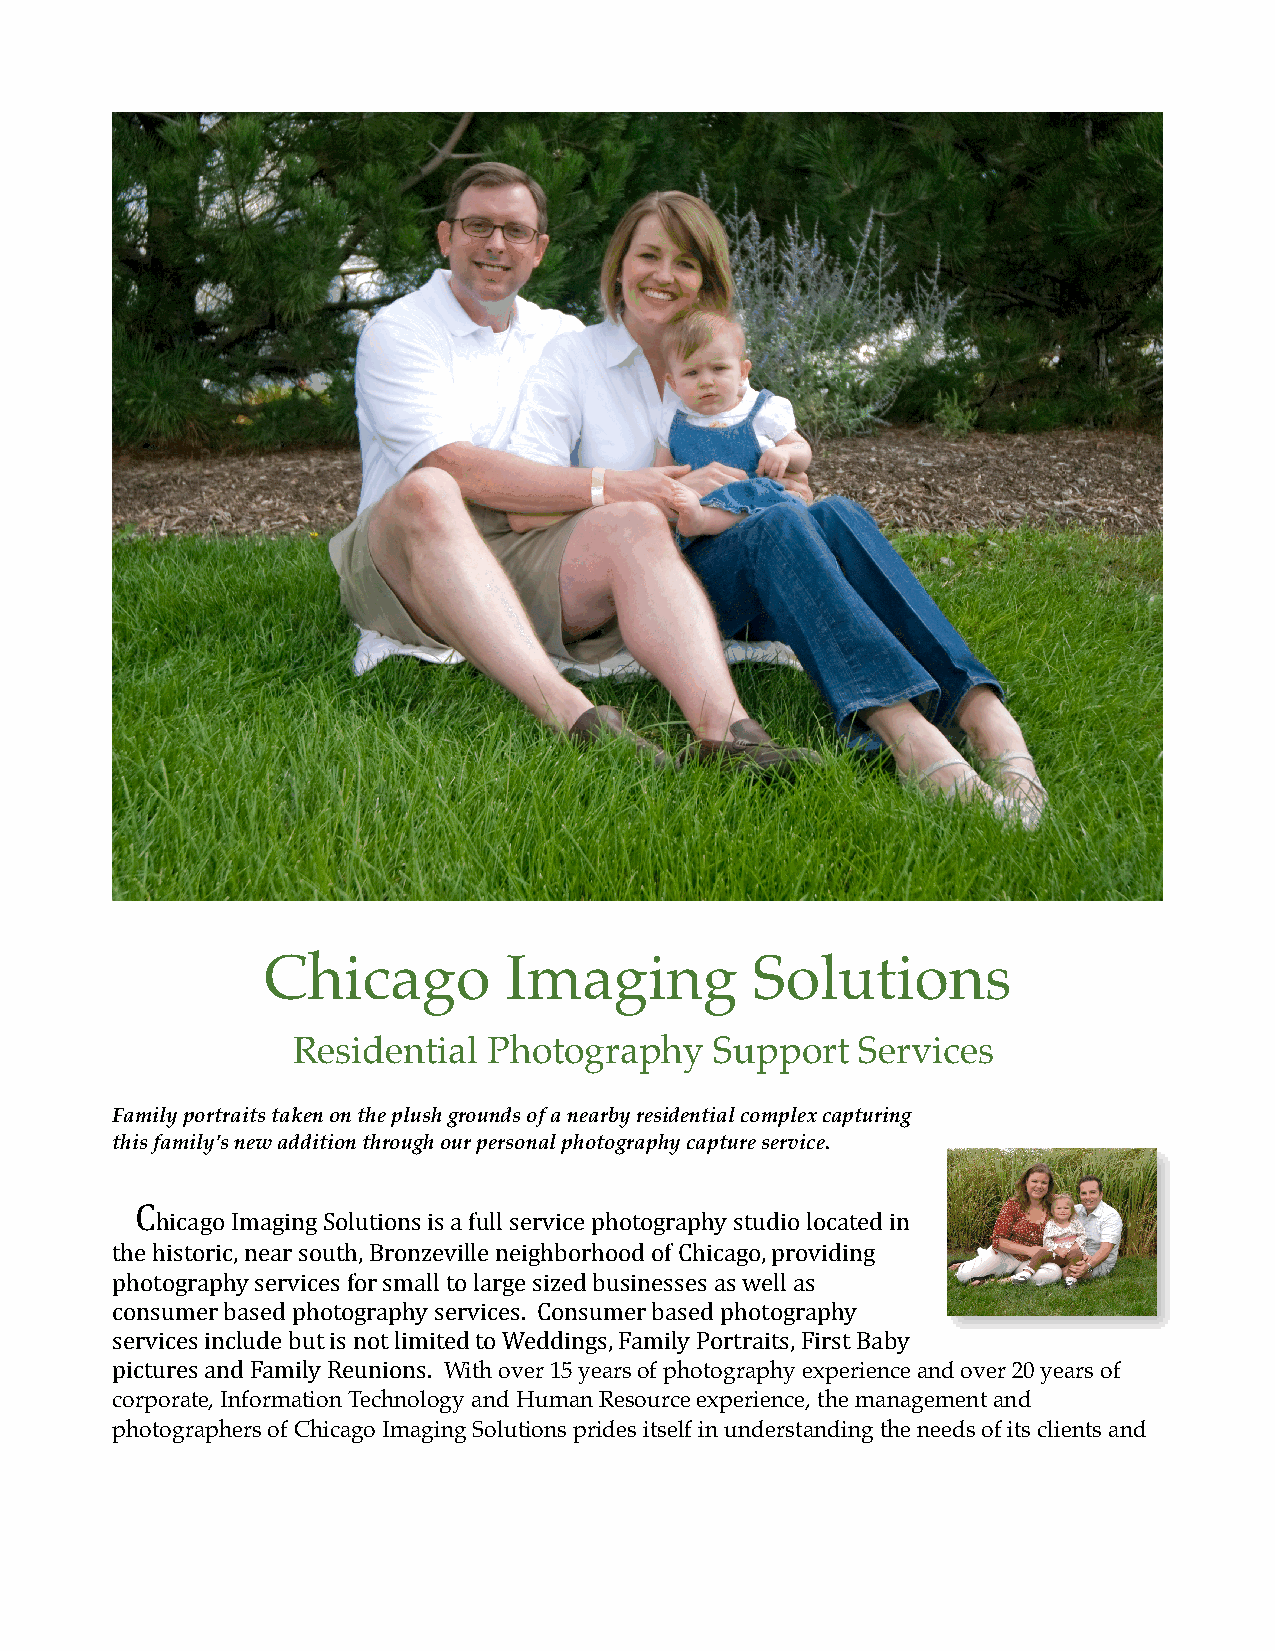
Chicago         Imaging          Solutions
 Residential  Photography    Support   Services
 Family portraits taken on the plush grounds of a nearby residential complex capturing
 this family’s new addition through our personal photography capture service.
 C
 hicago Imaging Solutions is a full service photography studio located in
 the historic, near south, Bronzeville neighborhood of Chicago, providing
 photography services for small to large sized businesses as well as
 consumer based photography services. Consumer based photography
 services include but is not limited to Weddings, Family Portraits, First Baby
 pictures and Family Reunions. With over 15 years of photography experience and over 20 years of
 corporate, Information Technology and Human Resource experience, the management and
 photographers of Chicago Imaging Solutions prides itself in understanding the needs of its clients and